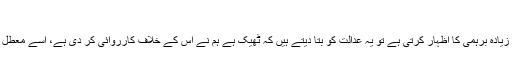
'
'جب عدالت زیادہ برہمی کا اظہار کرتی ہے تو یہ عدالت کو بتا دیتے ہیں کہ ٹھیک ہے ہم نے اس کے خلاف کارروائی کر دی ہے، اسے معطل کر دیا ہے۔